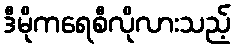
ဒီမိုကရေစီလိုလားသည့်